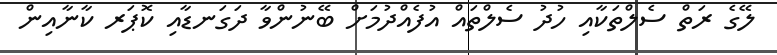
ލޭގެ ރަތް ސެލްތަކާއި ހުދު ސެލްތައް އުފެއްދުމަށް ބޭނުންވާ ދަގަނޑާއި ކޮޕަރ ކާނާއިން